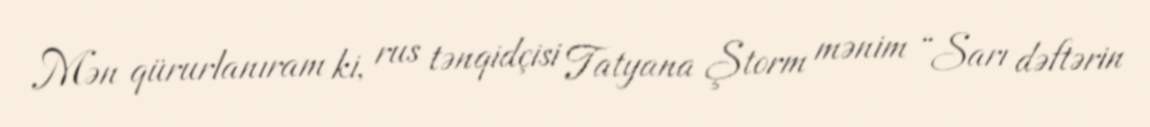
Mən qürurlanıram ki, rus tənqidçisi Tatyana Ştorm mənim “Sarı dəftərin